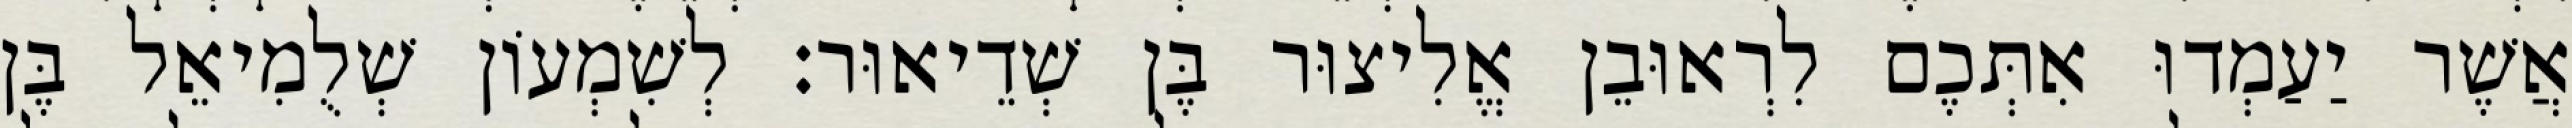
אֲשֶׁר יַעַמְדוּ אִתְּכֶם לִרְאוּבֵן אֱלִיצוּר בֶּן שְׁדֵיאוּר׃ לְשִׁמְעוֹן שְׁלֻמִיאֵל בֶּן